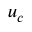
u _ { c }